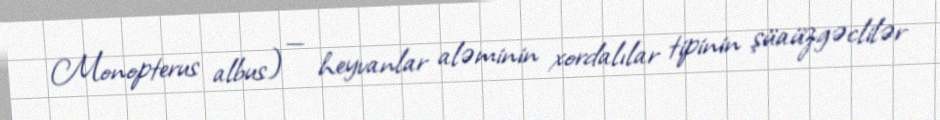
Monopterus albus) — heyvanlar aləminin xordalılar tipinin şüaüzgəclilər